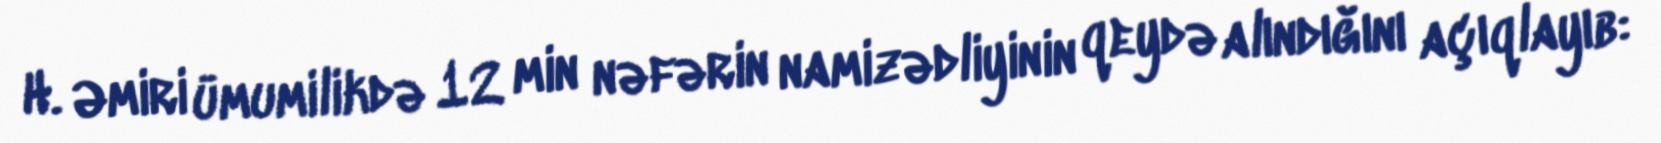
H. Əmiri ümumilikdə 12 min nəfərin namizədliyinin qeydə alındığını açıqlayıb: